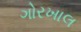
ગોરખાલ